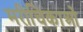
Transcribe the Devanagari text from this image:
मरीचिकाओं